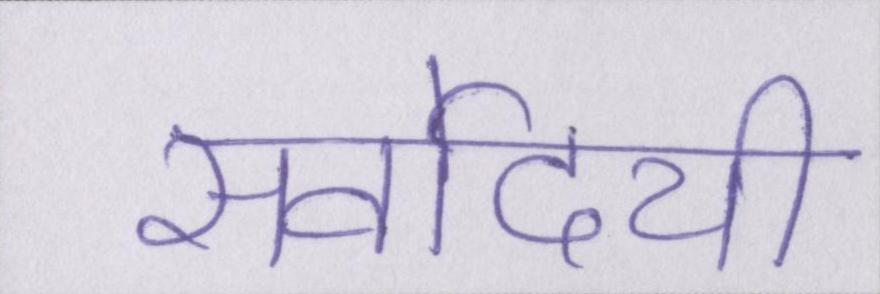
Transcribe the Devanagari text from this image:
सर्वोदयी